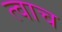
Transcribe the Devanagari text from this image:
त्वाच